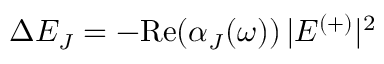
\Delta E _ { J } = - \mathrm { R e } \! \left( \alpha _ { J } ( \omega ) \right) | E ^ { ( + ) } | ^ { 2 }